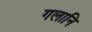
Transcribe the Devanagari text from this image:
गलानि